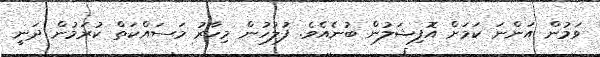
ވަމުން އަންނަ ކަމަށް އޮފިޝަލުން ބުނެއެވެ. ފުލުހުން މިހާރު މަސައްކަތް ކުރަމުން ދަނީ